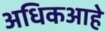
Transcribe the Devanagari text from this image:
अधिकआहे